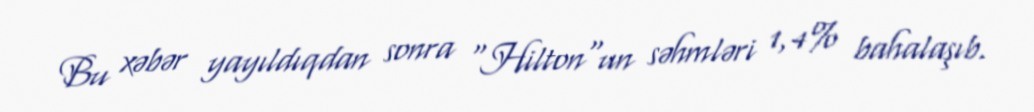
Bu xəbər yayıldıqdan sonra "Hilton"un səhmləri 1,4% bahalaşıb.